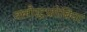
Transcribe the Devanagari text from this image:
क्लौस्ट्रफ़ोबिया